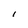
Character: I